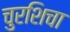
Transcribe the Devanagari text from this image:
चुरशिचा